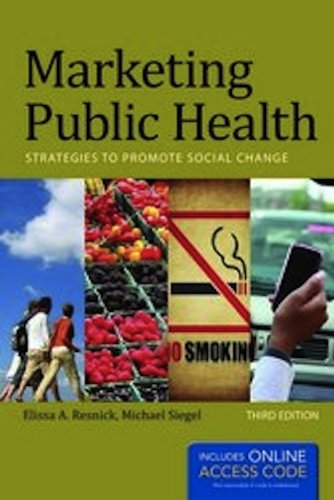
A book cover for Marketing Public Health: Strategies to Promote Social Change; Elissa A. Resnick; Medical Books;